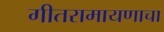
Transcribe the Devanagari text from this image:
गीतरामायणाचा